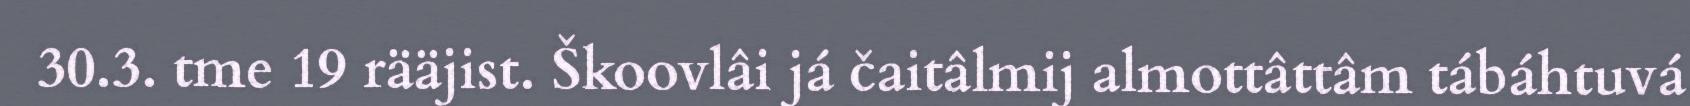
30.3. tme 19 rääjist. Škoovlâi já čaitâlmij almottâttâm tábáhtuvá